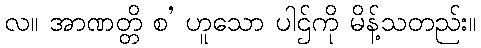
လ။ အာဏတ္တိ စ’ ဟူသော ပါဌ်ကို မိန့်သတည်း။